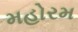
મહોરમ